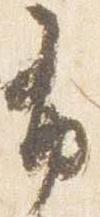
布